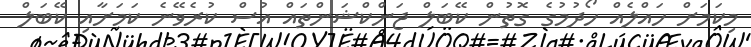
މިކަމަށް ހައްލެއް ހޯދުމުގެ ގޮތުން ކޭބަލް ޖަންކްޝަންތައް އުސް ކުރެވޭނެ ކަމަށާއި ކޭބަލް